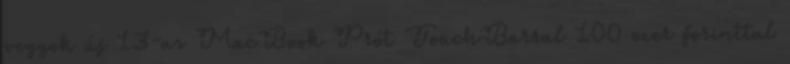
vegyek új 13-as MacBook Prót TouchBarral 100 ezer forinttal